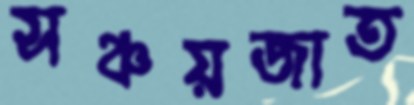
সঞ্চয়জাত